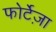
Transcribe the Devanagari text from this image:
फोर्टेज़ा